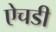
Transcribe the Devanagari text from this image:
ऐचडी